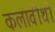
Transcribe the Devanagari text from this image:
कलावीथी